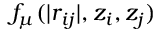
f _ { \mu } ( | r _ { i j } | , z _ { i } , z _ { j } )